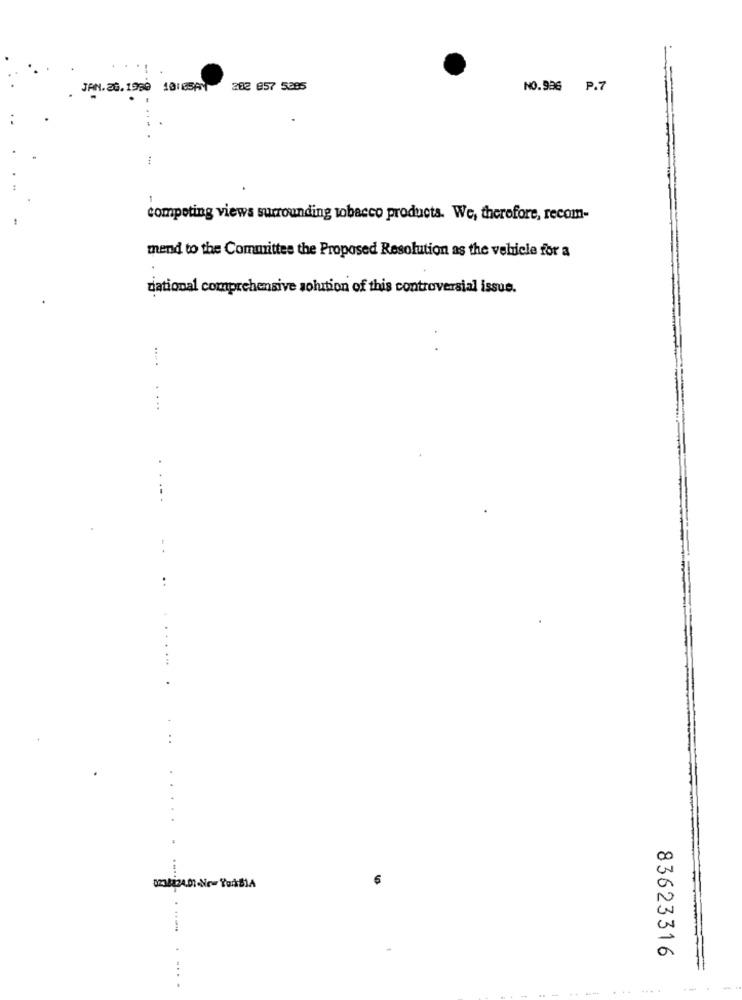
JAN.20.1980 4DIESAM
203 857 5385
NO.936 P.7
competing views surrounding tobacco products. We, therefore, recom-
mend to the Committee the Proposed Resolution as the vehicle for a
diational comprehensive solution of this controversial issue.
.... ....
...
83623316
=
... ....
-